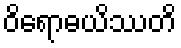
ဝိရောဓယိဿတိ